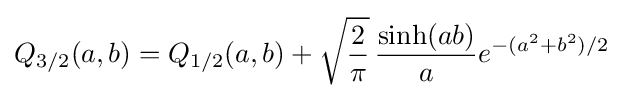
Q_{3/2}(a,b)=Q_{1/2}(a,b)+{\sqrt {\frac {2}{\pi }}}\,{\frac {\sinh(ab)}{a}}e^{-(a^{2}+b^{2})/2}